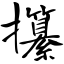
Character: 攥